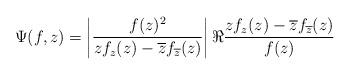
LaTeX: \begin{align*}\Psi (f,z)=\left\vert \dfrac{f(z)^{2}}{zf_{z}(z)-\overline{z}f_{\overline{z}}(z)}\right\vert \Re \dfrac{zf_{z}(z)-\overline{z}f_{\overline{z}}(z)}{f(z)}\end{align*}